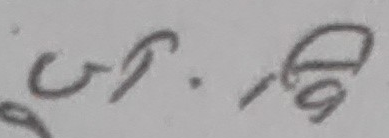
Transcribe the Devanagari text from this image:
७.१५